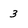
Character: 3